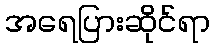
အရေပြားဆိုင်ရာ